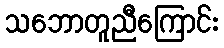
သဘောတူညီကြောင်း